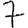
Digit: 7